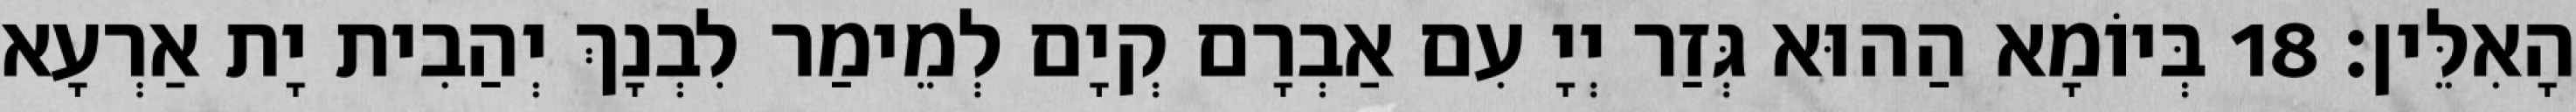
הָאִלֵּין׃ 18 בְּיוֹמָא הַהוּא גְּזַר יְיָ עִם אַבְרָם קְיָם לְמֵימַר לִבְנָךְ יְהַבִית יָת אַרְעָא